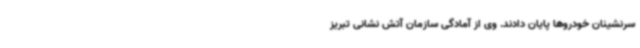
سرنشینان خودروها پایان دادند. وی از آمادگی سازمان آتش نشانی تبریز